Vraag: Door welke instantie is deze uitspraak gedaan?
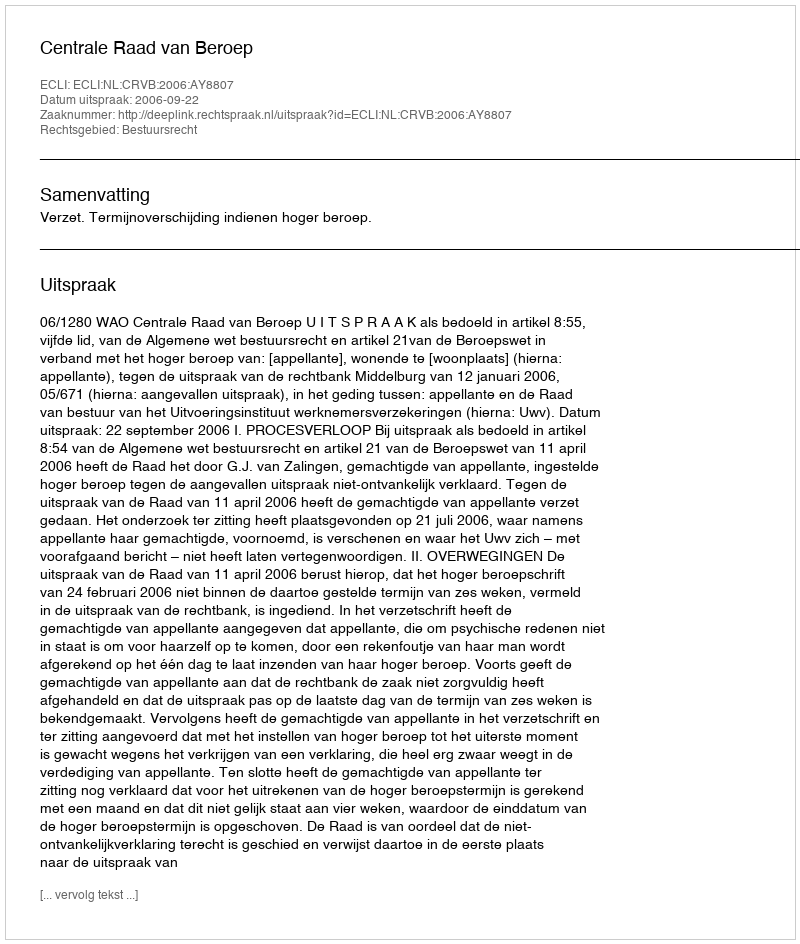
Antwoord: Centrale Raad van Beroep